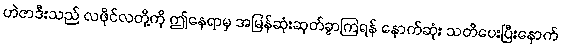
ဟဲဇာဒီးသည် လဖိုင်လတို့ကို ဤနေရာမှ အမြန်ဆုံးဆုတ်ခွာကြရန် နောက်ဆုံး သတိပေးပြီးနောက်